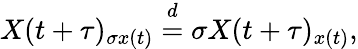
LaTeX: \begin{array}{r}{X(t+\tau)_{\sigma x(t)}\stackrel{d}{=}\sigma X(t+\tau)_{x(t)},}\end{array}